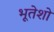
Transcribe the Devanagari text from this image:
भूतेशो